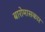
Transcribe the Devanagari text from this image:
बारोमासकार